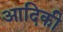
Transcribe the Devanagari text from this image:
आदिकी